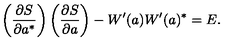
\left( \frac { \partial S } { \partial a ^ { \ast } } \right) \left( \frac { \partial S } { \partial a } \right) - W ^ { \prime } ( a ) W ^ { \prime } ( a ) ^ { \ast } = E .